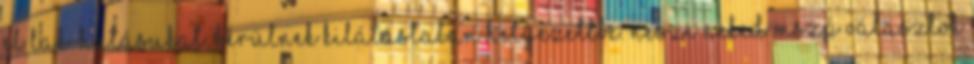
el lak-hatásukat, kerülnek kilátástalan helyezettbe. Nesze neked MSZP választok